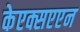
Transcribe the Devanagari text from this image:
केएक्सएएन